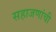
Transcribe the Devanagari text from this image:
सहाजणांची